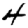
Digit: 4